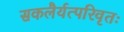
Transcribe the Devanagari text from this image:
सकलैर्यत्परिवृतः